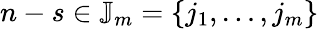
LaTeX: {n-s}\in\mathbb{J}_{m}=\{ j_{1},\dots,j_{m}\}